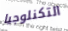
التكنلوجيا